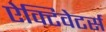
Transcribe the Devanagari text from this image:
ऐक्टिवेटर्स